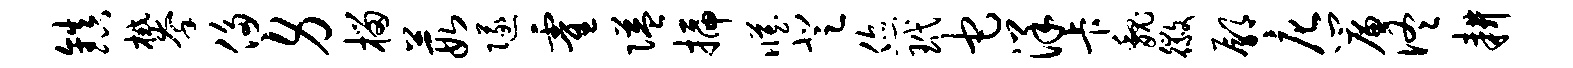
镇攀侈身榴葭隧霍隘插臧登您玳它洋卡魏徽鄢庀帘佟耕